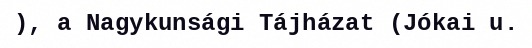
), a Nagykunsági Tájházat (Jókai u.